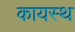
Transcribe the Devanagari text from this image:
कायस्‍थ